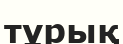
тұрық